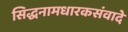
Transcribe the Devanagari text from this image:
सिद्धनामधारकसंवादे